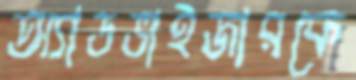
অ্যাডভাইজারকে